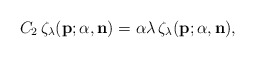
\begin{align*}C_2\,\zeta_{\lambda}({\bf p};{\alpha},{\bf n})={\alpha}{\lambda}\,\zeta_{\lambda}({\bf p};{\alpha},{\bf n}),\end{align*}